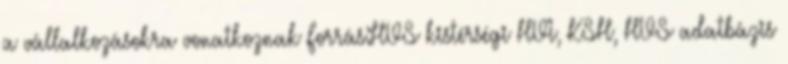
a vállalkozásokra vonatkoznak Forrás:HVS kistérségi HVI, KSH, HVS adatbázis